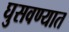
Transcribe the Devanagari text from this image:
घुसवण्यात